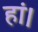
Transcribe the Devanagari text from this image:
हां।